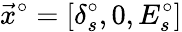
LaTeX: \vec{x}^{\circ}=[\delta_{s}^{\circ},0,E_{s}^{\circ}]